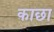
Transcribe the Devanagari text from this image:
काछा